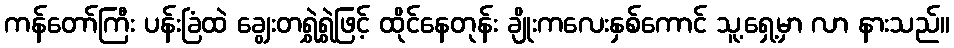
ကန်တော်ကြီး ပန်းခြံထဲ ချွေးတရွှဲရွှဲဖြင့် ထိုင်နေတုန်း ချိုးကလေးနှစ်ကောင် သူ့ရှေ့မှာ လာ နားသည်။